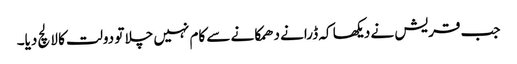
جب قریش نے دیکھا کہ ڈرانے دھمکانے سے کام نہیں چلا تو دولت کا لالچ دیا۔